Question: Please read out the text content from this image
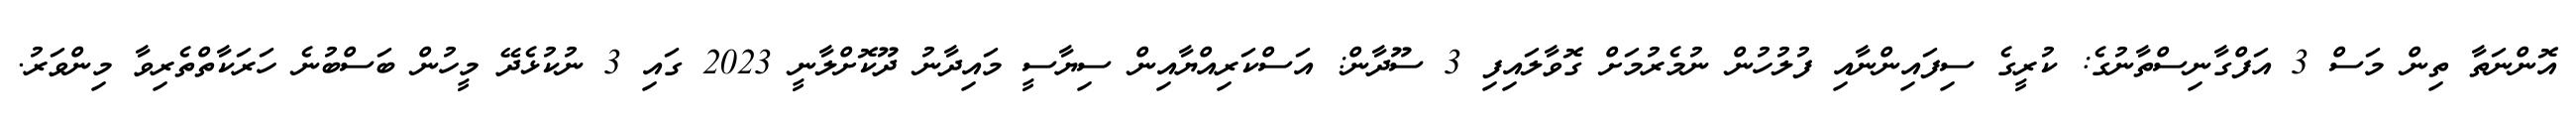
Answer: އޮންނަތާ ތިން މަސް 3 އަފްގާނިސްތާނުގެ: ކުރީގެ ސިފައިންނާއި ފުލުހުން ނުމެރުމަށް ގޮވާލައިފި 3 ސޫދާން: އަސްކަރިއްޔާއިން ސިޔާސީ މައިދާނު ދޫކޮށްލާނީ 2023 ގައި 3 ނުކުޅެދޭ މީހުން ބަސްބުނެ ހަރަކާތްތެރިވާ މިންވަރު.